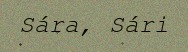
Sára, Sári